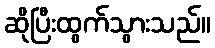
ဆိုပြီးထွက်သွားသည်။